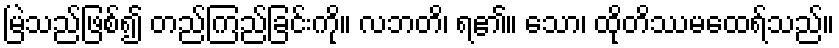
မြဲသည်ဖြစ်၍ တည်ကြည်ခြင်းကို။ လဘတိ၊ ရ၏။ သော၊ ထိုတိဿမထေရ်သည်။